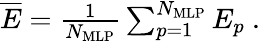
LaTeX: \begin{array}{r}{\overline{{E}}=\frac{1}{N_{\mathrm{MLP}}}\sum_{p=1}^{N_{\mathrm{MLP}}}E_{p}\ .}\end{array}